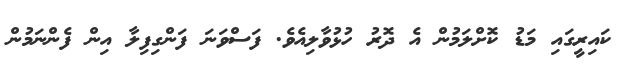
ކައިރީގައި މަޑު ކޮށްލަމުން އެ ދޮރު ހުޅުވާލިއެވެ. ފަސްވަނަ ފަންގިފިލާ އިން ފެންނަމުން